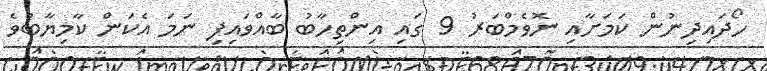
ހޯދައިދިނުން ކަމަށާއި ނޮވެމްބަރު 9 ގައި އިންތިހާބު ބާއްވައިފި ނަމަ އެކަން ކާމިޔާބުވެ